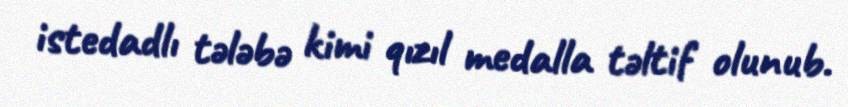
istedadlı tələbə kimi qızıl medalla təltif olunub.